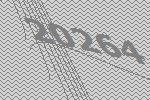
20264